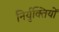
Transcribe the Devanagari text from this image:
निर्युक्तियों